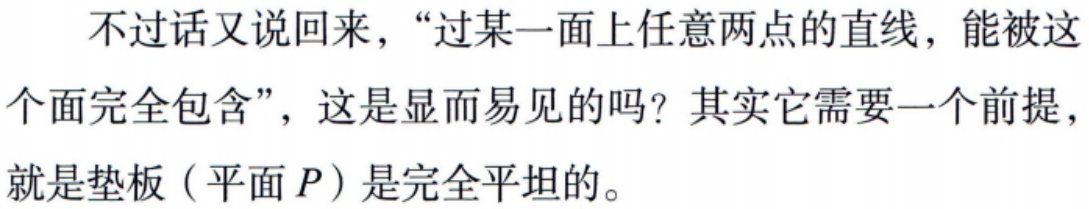
不过话又说回来，“过某一面上任意两点的直线，能被这个面完全包含”，这是显而易见的吗？其实它需要一个前提，就是垫板（平面\(P\)）是完全平坦的。